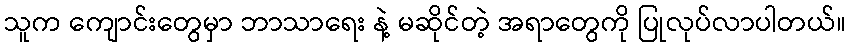
သူက ကျောင်းတွေမှာ ဘာသာရေး နဲ့ မဆိုင်တဲ့ အရာတွေကို ပြုလုပ်လာပါတယ်။